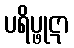
ပရိပ္ဖုဋာ